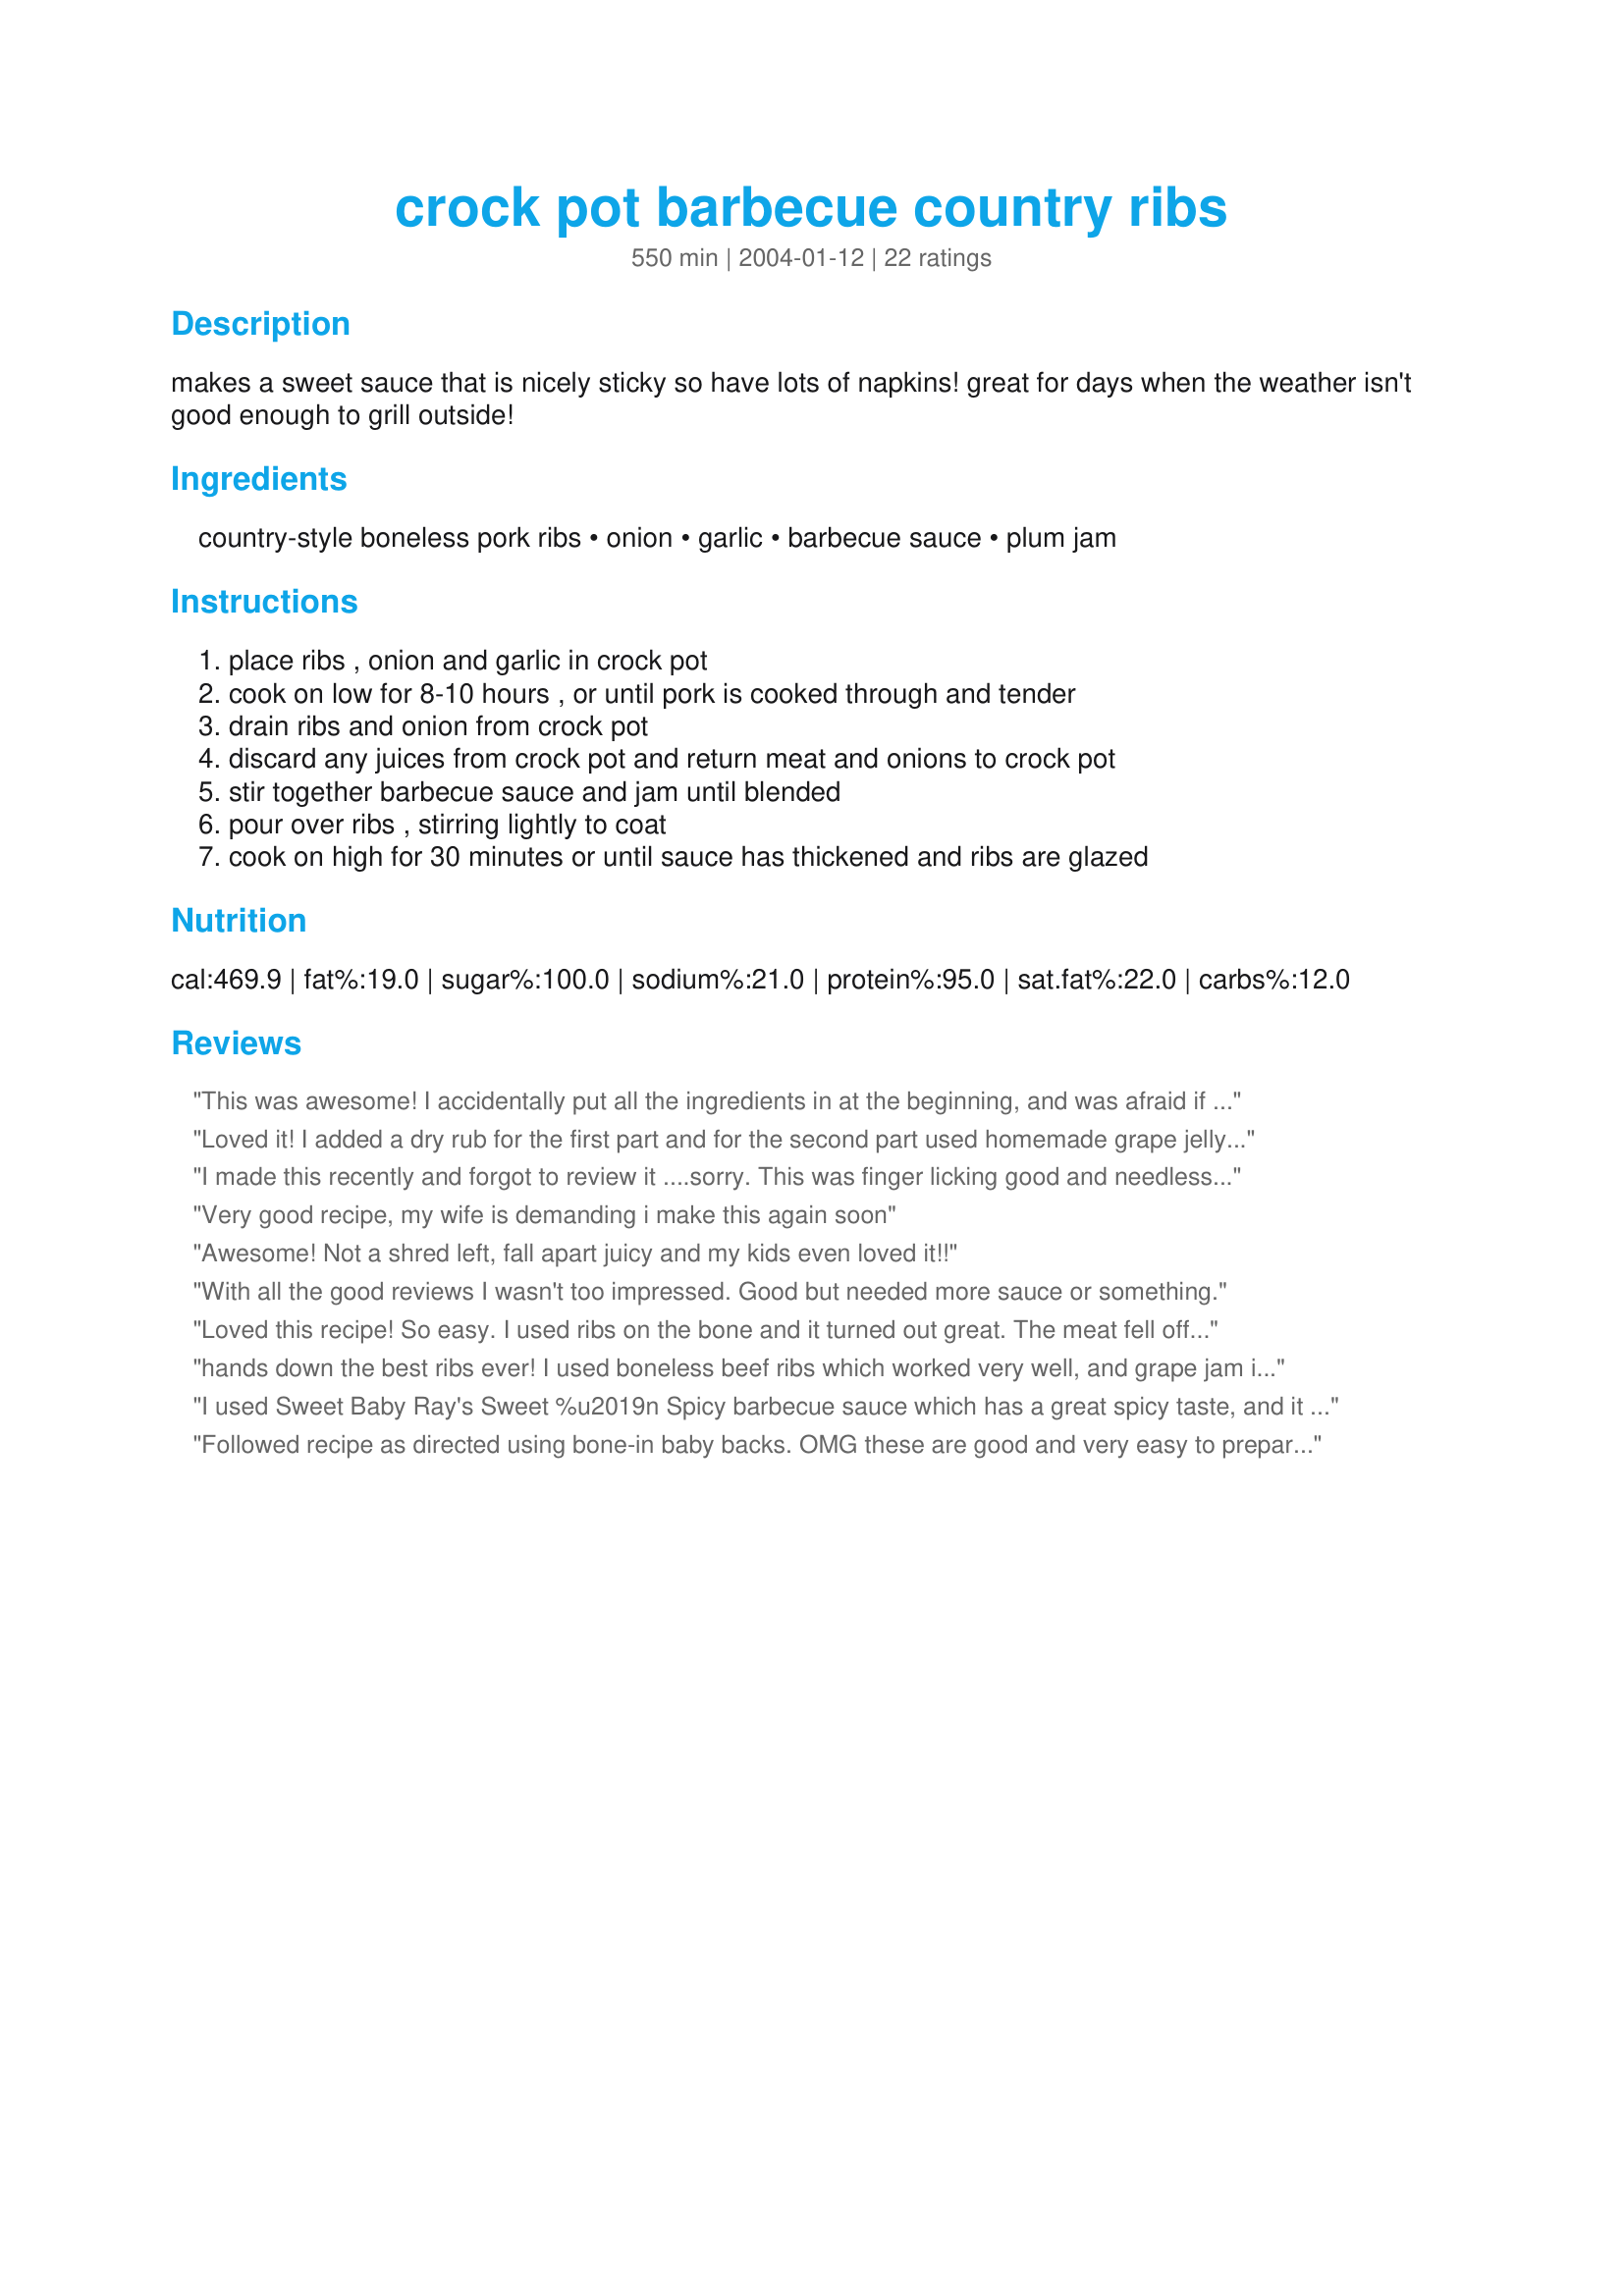
crock pot barbecue country ribs
Preparation time: 550 minutes

makes a sweet sauce that is nicely sticky so have lots of napkins! great for days when the weather isn't good enough to grill outside!

Ingredients:
country-style boneless pork ribs, onion, garlic, barbecue sauce, plum jam

Steps:
place ribs , onion and garlic in crock pot, cook on low for 8-10 hours , or until pork is cooked through and tender, drain ribs and onion from crock pot, discard any juices from crock pot and return meat and onions to crock pot, stir together barbecue sauce and jam until blended, pour over ribs , stirring lightly to coat, cook on high for 30 minutes or until sauce has thickened and ribs are glazed

Reviews:
This was awesome! I accidentally put all the ingredients in at the beginning, and was afraid if it would mess it up. When finished cooking, I just decided to follow the rest of the steps- I drained it (since it was watery) and added a little more sauce and jam on top- let it sit on high for a little. IT was DELICIOUS!!! I also used grape jelly instead of plum.
Loved it! I added a dry rub for the first part and for the second part used homemade grape jelly rather than plum. The sauce is delicious but I think it needs the dry rub too (I used garlic powder, onion powder and seasoning salt.) I cut the ribs into large chunks then browned them and then cooked 8 hours on low plus 30 on high. Thank you for posting Sue! Made for photo forum's Crockpot Event, see my rating system as I rate tougher than most.
I made this recently and forgot to review it ....sorry. This was finger licking good and needless to say the meat just fell off the bones! What a time-saver...and so easy to just toss into the crockpot! I'll make this one again!
Very good recipe, my wife is demanding i make this again soon
Awesome! Not a shred left, fall apart juicy and my kids even loved it!!
With all the good reviews I wasn't too impressed. Good but needed more sauce or something.
Loved this recipe! So easy. I used ribs on the bone and it turned out great. The meat fell off the bone. Also I only cooked for 6 hours. They were even better the second day. Thanks Sue for a simple, but delicious recipe.
hands down the best ribs ever! I used boneless beef ribs which worked very well, and grape jam instead of plum. I also used a beef rub and browned the beef beforehand. Definately sharing and saving the recipe!
I used Sweet Baby Ray's Sweet %u2019n Spicy barbecue sauce which has a great spicy taste, and it was go good in this recipe! This is great to make when you are busy and can't be home slaving all day over the stove. It cooked all day while I was at work and then when I got home I finished it and we were ready to eat in less than an hour. Served the ribs with Potato Salad and Cole Slaw with freshly made biscuits hot out of the oven!
Followed recipe as directed using bone-in baby backs. OMG these are good and very easy to prepare. Loved the sauce, a nice change from just barbeque sauce. Thanks Sue, for posting.
This was very good although I did find the sweetness overwhelming. I will probably make this again as an occasional treat but will use slightly less sauce.
Hye Sue-

I made these ribs yesterday and thought they were quite good-a little on the sweet side though. I did "heat it up" with about 1/4 cup red pepper flakes as we like heat on just about everything. I will make these again using jalapeno jelly. The meat was very tender and did not dry out-the recipe very easy to assemble. Thanks for posting, Di
I typically do not like ribs, but WOW!! These were very good, we had NO leftovers, and with my picky kids (all 7 of them) that says something!
My whole family loved these ribs. So sweet and yummy. I will be making these over and over. Thanks for posting.
LOVED it. Incredibly easy to make, meat was falling off the bone, and the delicious gooey sauce you get with the onions and the garlic is heavenly. This one is straight into the favourites folder no questions asked.
This is a great / easy dinner to come home to after a tough day skiing.. I also like to dry rub and brown the meat prior to slow cooking. To add a bit of tang, try mixing a little of Voodoo Chile&#039;s Porcus Infernum ( the world&#039;s best bacon hot sauce) in with the bbq sauce and jam. Really awesome, and the ribs are just soooo tender anyway ! And, BTW, I like my St Louis ribs like pulled pork ! These are not baby back ribs you know.
Delicious! My crockpot cooks very fast for some reason, and the meat was falling off the bone. I didn't have plum jam, so used grape jam, was great. Whole family enjoyed and there wasn't any leftovers at all. Thank you, will use this recipe again.
These are great tasting crockpot ribs even if mine did not turn out the way the chef said. I followed the recipe exactly, but my ribs fell apart and ended up more like pulled pork than ribs. Who cares? They tasted great anyway. This is a good weekday dish for a busy cook. I will make often. Thanks Sue L.
I made this last night for my family and nothing was left! My 3 yr old ate an entire rib!
My husband couldn't stop eating it! I used grape jelly and cooked everything all at once.
Delicious! Thanks!
Fantastic -- was my family's response to these ribs. I added the barbecue sauce and plum jam at the beginning with everything else, so my boneless ribs were saucy but the sauce was dellicious over rice. This was a great way to use up some leftover plum jam! A definite keeper! Thanks for sharing!
DH is very picky about his BBQ, and he loved this! The recipe was so simple. I used plum preserves and added some baby carrots for the last 1/2 hour. Thanks for the posting!
I followed the recipe exactly except I used apricot jam instead of the plum jam. The sauce was delicious, the meat tender. My kids even loved it, which means I'll be making this again. Excellent! Thanks!
